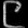
Digit: ၉